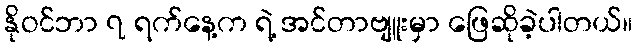
နိုဝင်ဘာ ၇ ရက်နေ့က ရဲ့ အင်တာဗျူးမှာ ဖြေဆိုခဲ့ပါတယ်။